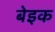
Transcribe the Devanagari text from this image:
बेइक